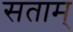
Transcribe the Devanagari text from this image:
सताम्